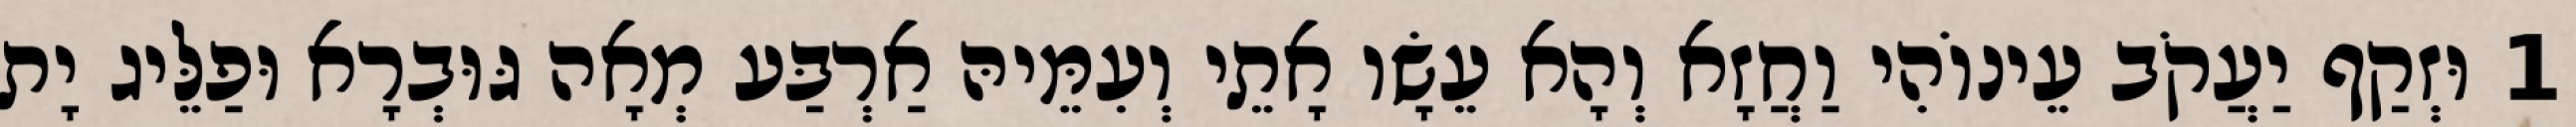
1 וּזְקַף יַעֲקֹב עֵינוֹהִי וַחֲזָא וְהָא עֵשָׂו אָתֵי וְעִמֵּיהּ אַרְבַּע מְאָה גּוּבְרָא וּפַלֵּיג יָת